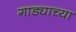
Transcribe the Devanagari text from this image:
गाड्याच्या